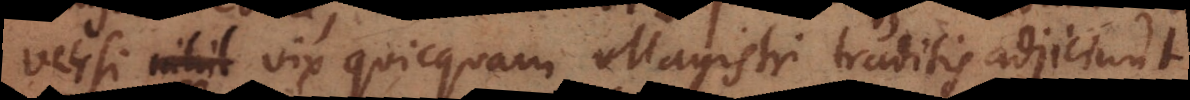
versi nihil vix quicquam Magistri traditis adjiciunt,